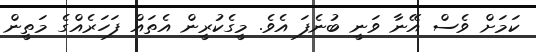
ކަމަށް ވެސް އޭނާ ވަނީ ބުނެފަ އެވެ. މީގެކުރީން އެތައް ފަހަރެއްގެ މަތީން